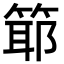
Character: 𥯘